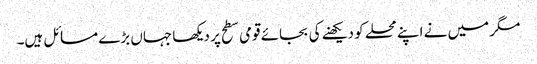
مگر میں نے اپنے محلے کو دیکھنے کی بجائے قومی سطح پر دیکھا جہاں بڑے مسائل ہیں۔